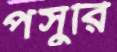
পসুরি